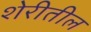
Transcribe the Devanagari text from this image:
शेरीतील